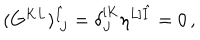
LaTeX: ( G ^ { K L } ) _ { ~ J } ^ { \hat { I } } = \delta _ { J } ^ { [ K } \eta ^ { L ] \hat { I } } = 0 \, ,